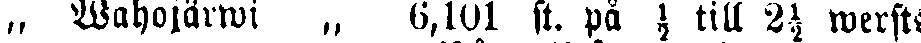
„ Wahojärwi „ 6,101 st. på ½ till 2½ wersts